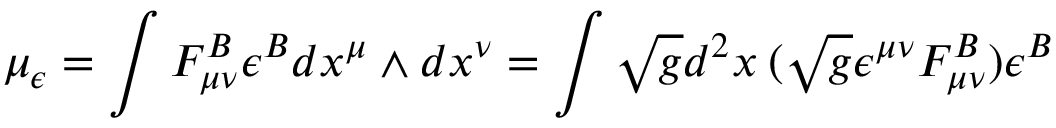
\mu _ { \epsilon } = \int F _ { \mu \nu } ^ { B } \epsilon ^ { B } d x ^ { \mu } \wedge d x ^ { \nu } = \int \sqrt { g } d ^ { 2 } x \: ( \sqrt { g } \epsilon ^ { \mu \nu } F _ { \mu \nu } ^ { B } ) \epsilon ^ { B }